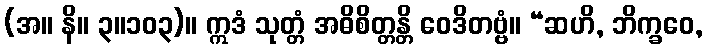
(အ။ နိ။ ၃။၁၀၃)။ ဣဒံ သုတ္တံ အဓိစိတ္တန္တိ ဝေဒိတဗ္ဗံ။ “ဆဟိ, ဘိက္ခဝေ,